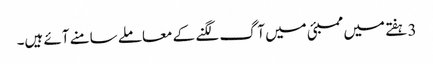
3 ہفتے میں ممبئی میں آگ لگنے کے معاملے سامنے آئے ہیں۔